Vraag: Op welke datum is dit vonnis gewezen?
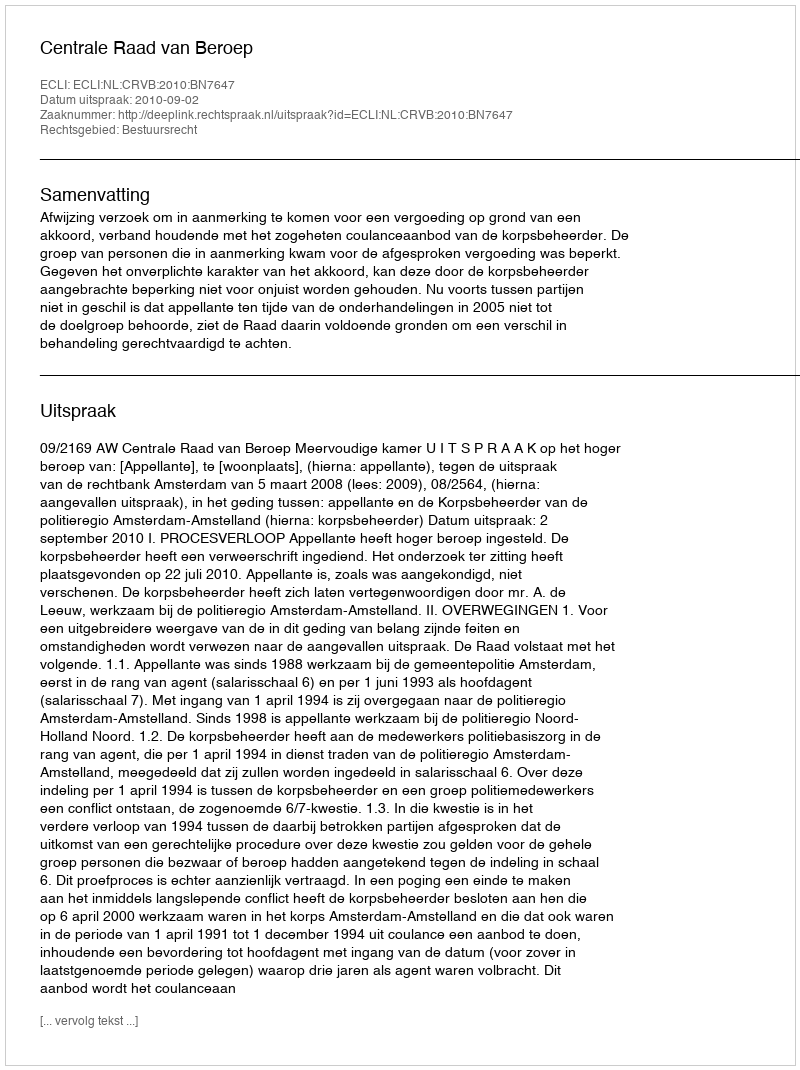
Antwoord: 2010-09-02